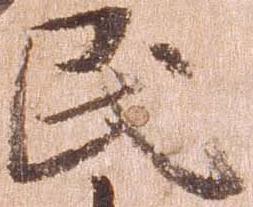
民